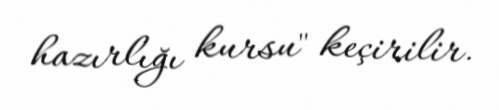
hazırlığı kursu" keçirilir.